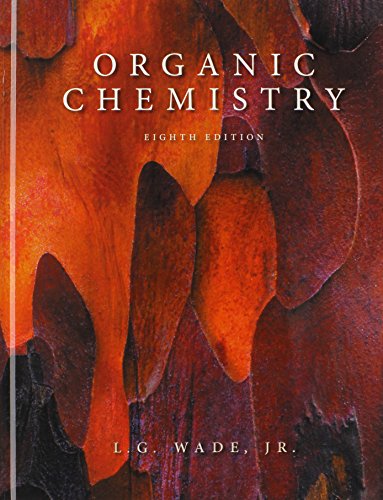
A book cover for Organic Chemistry and Solution Manual; Leroy G. Wade; Science & Math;